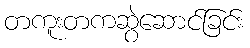
တကူးတကဆွဲဆောင်ခြင်း